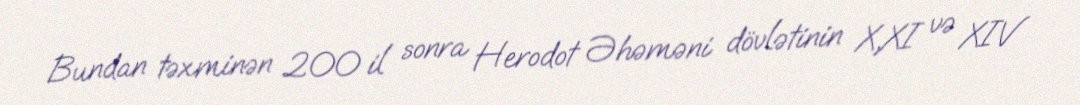
Bundan təxminən 200 il sonra Herodot Əhəməni dövlətinin X,XI və XIV